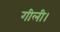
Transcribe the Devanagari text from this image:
गीली।